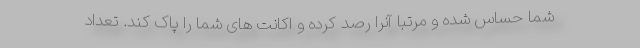
شما حساس شده و مرتبا آنرا رصد کرده و اکانت های شما را پاک کند. تعداد